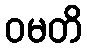
ဝမတိ